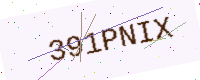
Text: 391PNIX